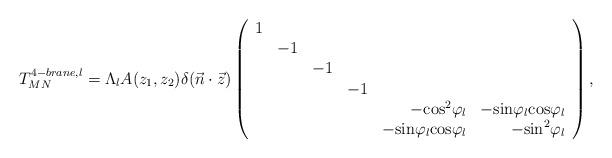
LaTeX: \begin{align*}T^{4-brane,l}_{MN}=\Lambda_l A(z_1,z_2)\delta(\vec{n}\cdot\vec{z})\left(\begin{array}{rrrrrr}1& & & & & \\ &-1& & & & \\ & &-1& & & \\ & & &-1& & \\ & & & &-{\rm cos}^2\varphi_l&-{\rm sin}\varphi_l{\rm cos}\varphi_l \\ & & & &-{\rm sin}\varphi_l{\rm cos}\varphi_l&-{\rm sin}^2\varphi_l\end{array}\right),\end{align*}